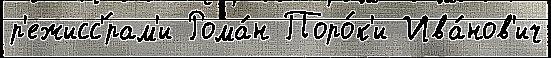
р'ежисс'́рам'и Рома́н Поро́к'и Ива́нов'ич